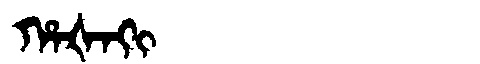
Manchu: ᡥᠠᡧᠠᡴᡳ
Romanization: HAŠAKI